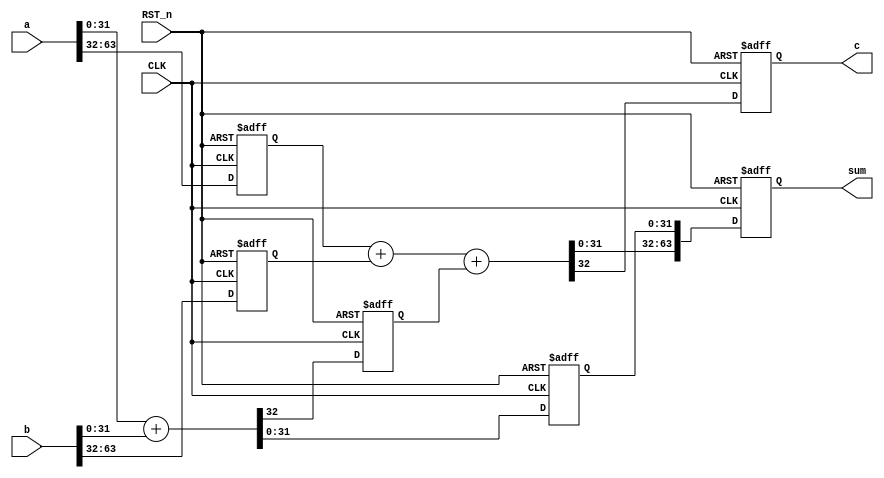
module adder_64bits_seperated_32bits (
    input [63:0] a, b,
    input CLK, input RST_n,
    output reg [63:0] sum,
    output c
    );
    
    reg [31:0] a0, b0;
    reg c0;
    
    reg [31:0] s0;
    wire [32:0] s1;
    
    assign s1 = {1'b0, a0} + {1'b0, b0} + {32'h0000_0000, c0};
    
    always @(posedge CLK or negedge RST_n) begin
        if (!RST_n) begin
            a0 <= 32'h0000_0000;
            b0 <= 32'h0000_0000;
        end
        else begin
            a0 <= a[63:32];
            b0 <= b[63:32];
        end
    end
    
    always @(posedge CLK or negedge RST_n) begin
        if (!RST_n) begin
            c0 <= 1'b0;
            s0 <= 32'h0000_0000;
        end
        else begin
            {c0, s0} = a[31:0] + b[31:0];
        end
    end
    
    always @(posedge CLK or negedge RST_n) begin
        if (!RST_n) begin
            c <= 1'b0;
            sum <= 64'h0000_0000_0000_0000;
        end
        else begin
            c <= s1[32];
            sum <= {s1[31:0], s0};
        end
    end
    
endmodule